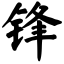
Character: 锋